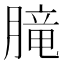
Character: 𪱨